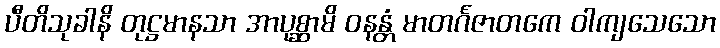
ပီတိသုခါနိ တုဋ္ဌမာနသာ အာပုစ္ဆာမိ ဝနန္တံ မာတင်္ဂဇာတကေ ဝါကျသေသော